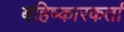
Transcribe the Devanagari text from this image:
बहिष्कारकर्ता